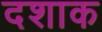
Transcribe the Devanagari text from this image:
दशाक